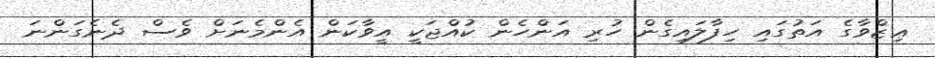
ޢިޒްވާގެ އަތުގައި ހިފާލައިގެން ހުރި އަންހެން ކުއްޖަކީ އީވާކަން އެންމެނަށް ވެސް ދެނެގަންނަ